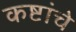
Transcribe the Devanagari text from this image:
कष्टांचे